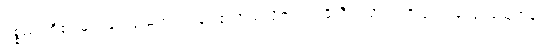
ပစ္စည်းတို့၏ များခြင်းငှာမကျင့်ကုန်။ နသာထလိကာ၊ အဓိသီလသိက္ခာကို လျော့လျော့မယူကုန်။